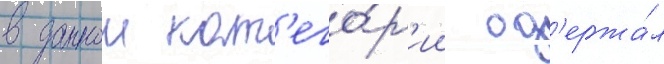
в даннои кат'его́р'ии од'ержа́л